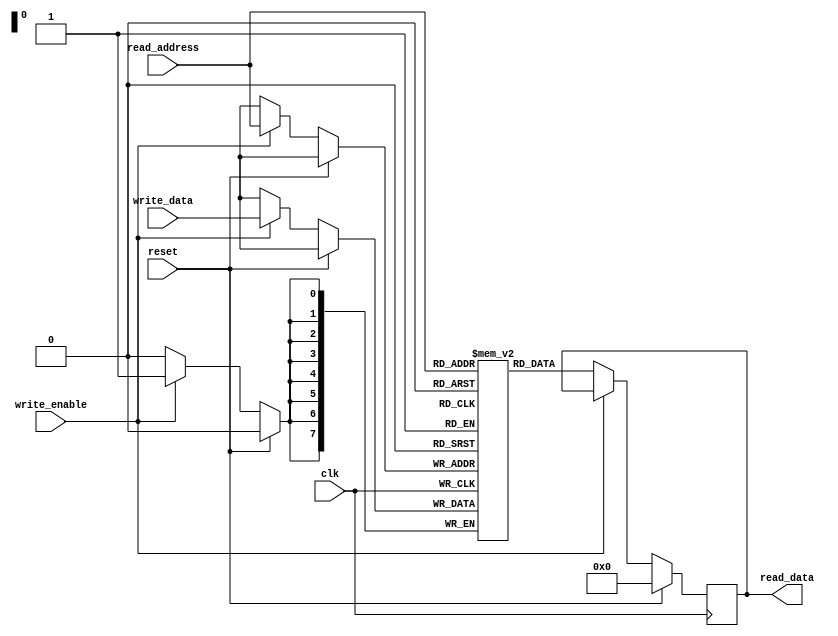
module PCM_Memory(
    input wire clk,
    input wire reset,
    input wire write_enable,
    input wire [7:0] write_data,
    input wire [7:0] read_address,
    output reg [7:0] read_data
);

reg [7:0] memory [0:255]; // 256 memory cells

always @(posedge clk) begin
    if (reset) begin
        read_data <= 8'b0;
    end else if (write_enable) begin
        memory[read_address] <= write_data;
    end else begin
        read_data <= memory[read_address];
    end
end

endmodule